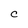
Character: C